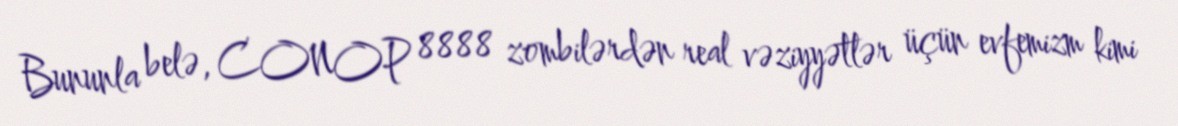
Bununla belə, CONOP 8888 zombilərdən real vəziyyətlər üçün evfemizm kimi